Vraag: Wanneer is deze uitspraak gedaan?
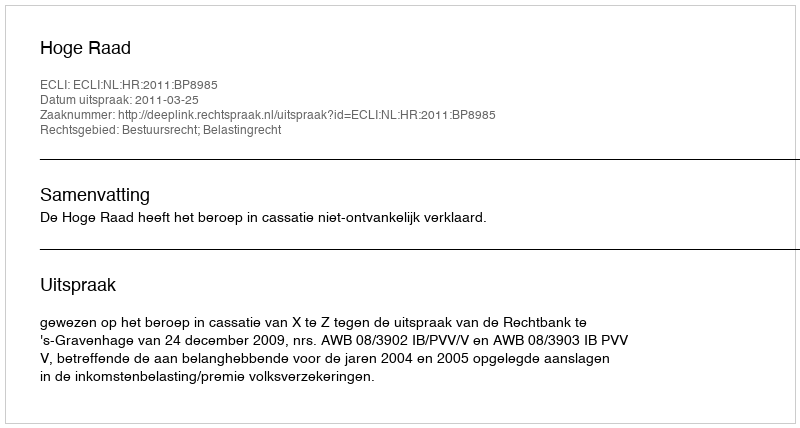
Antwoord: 2011-03-25